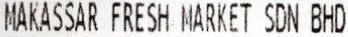
MAKASSAR FRESH MARKET SDN BHD